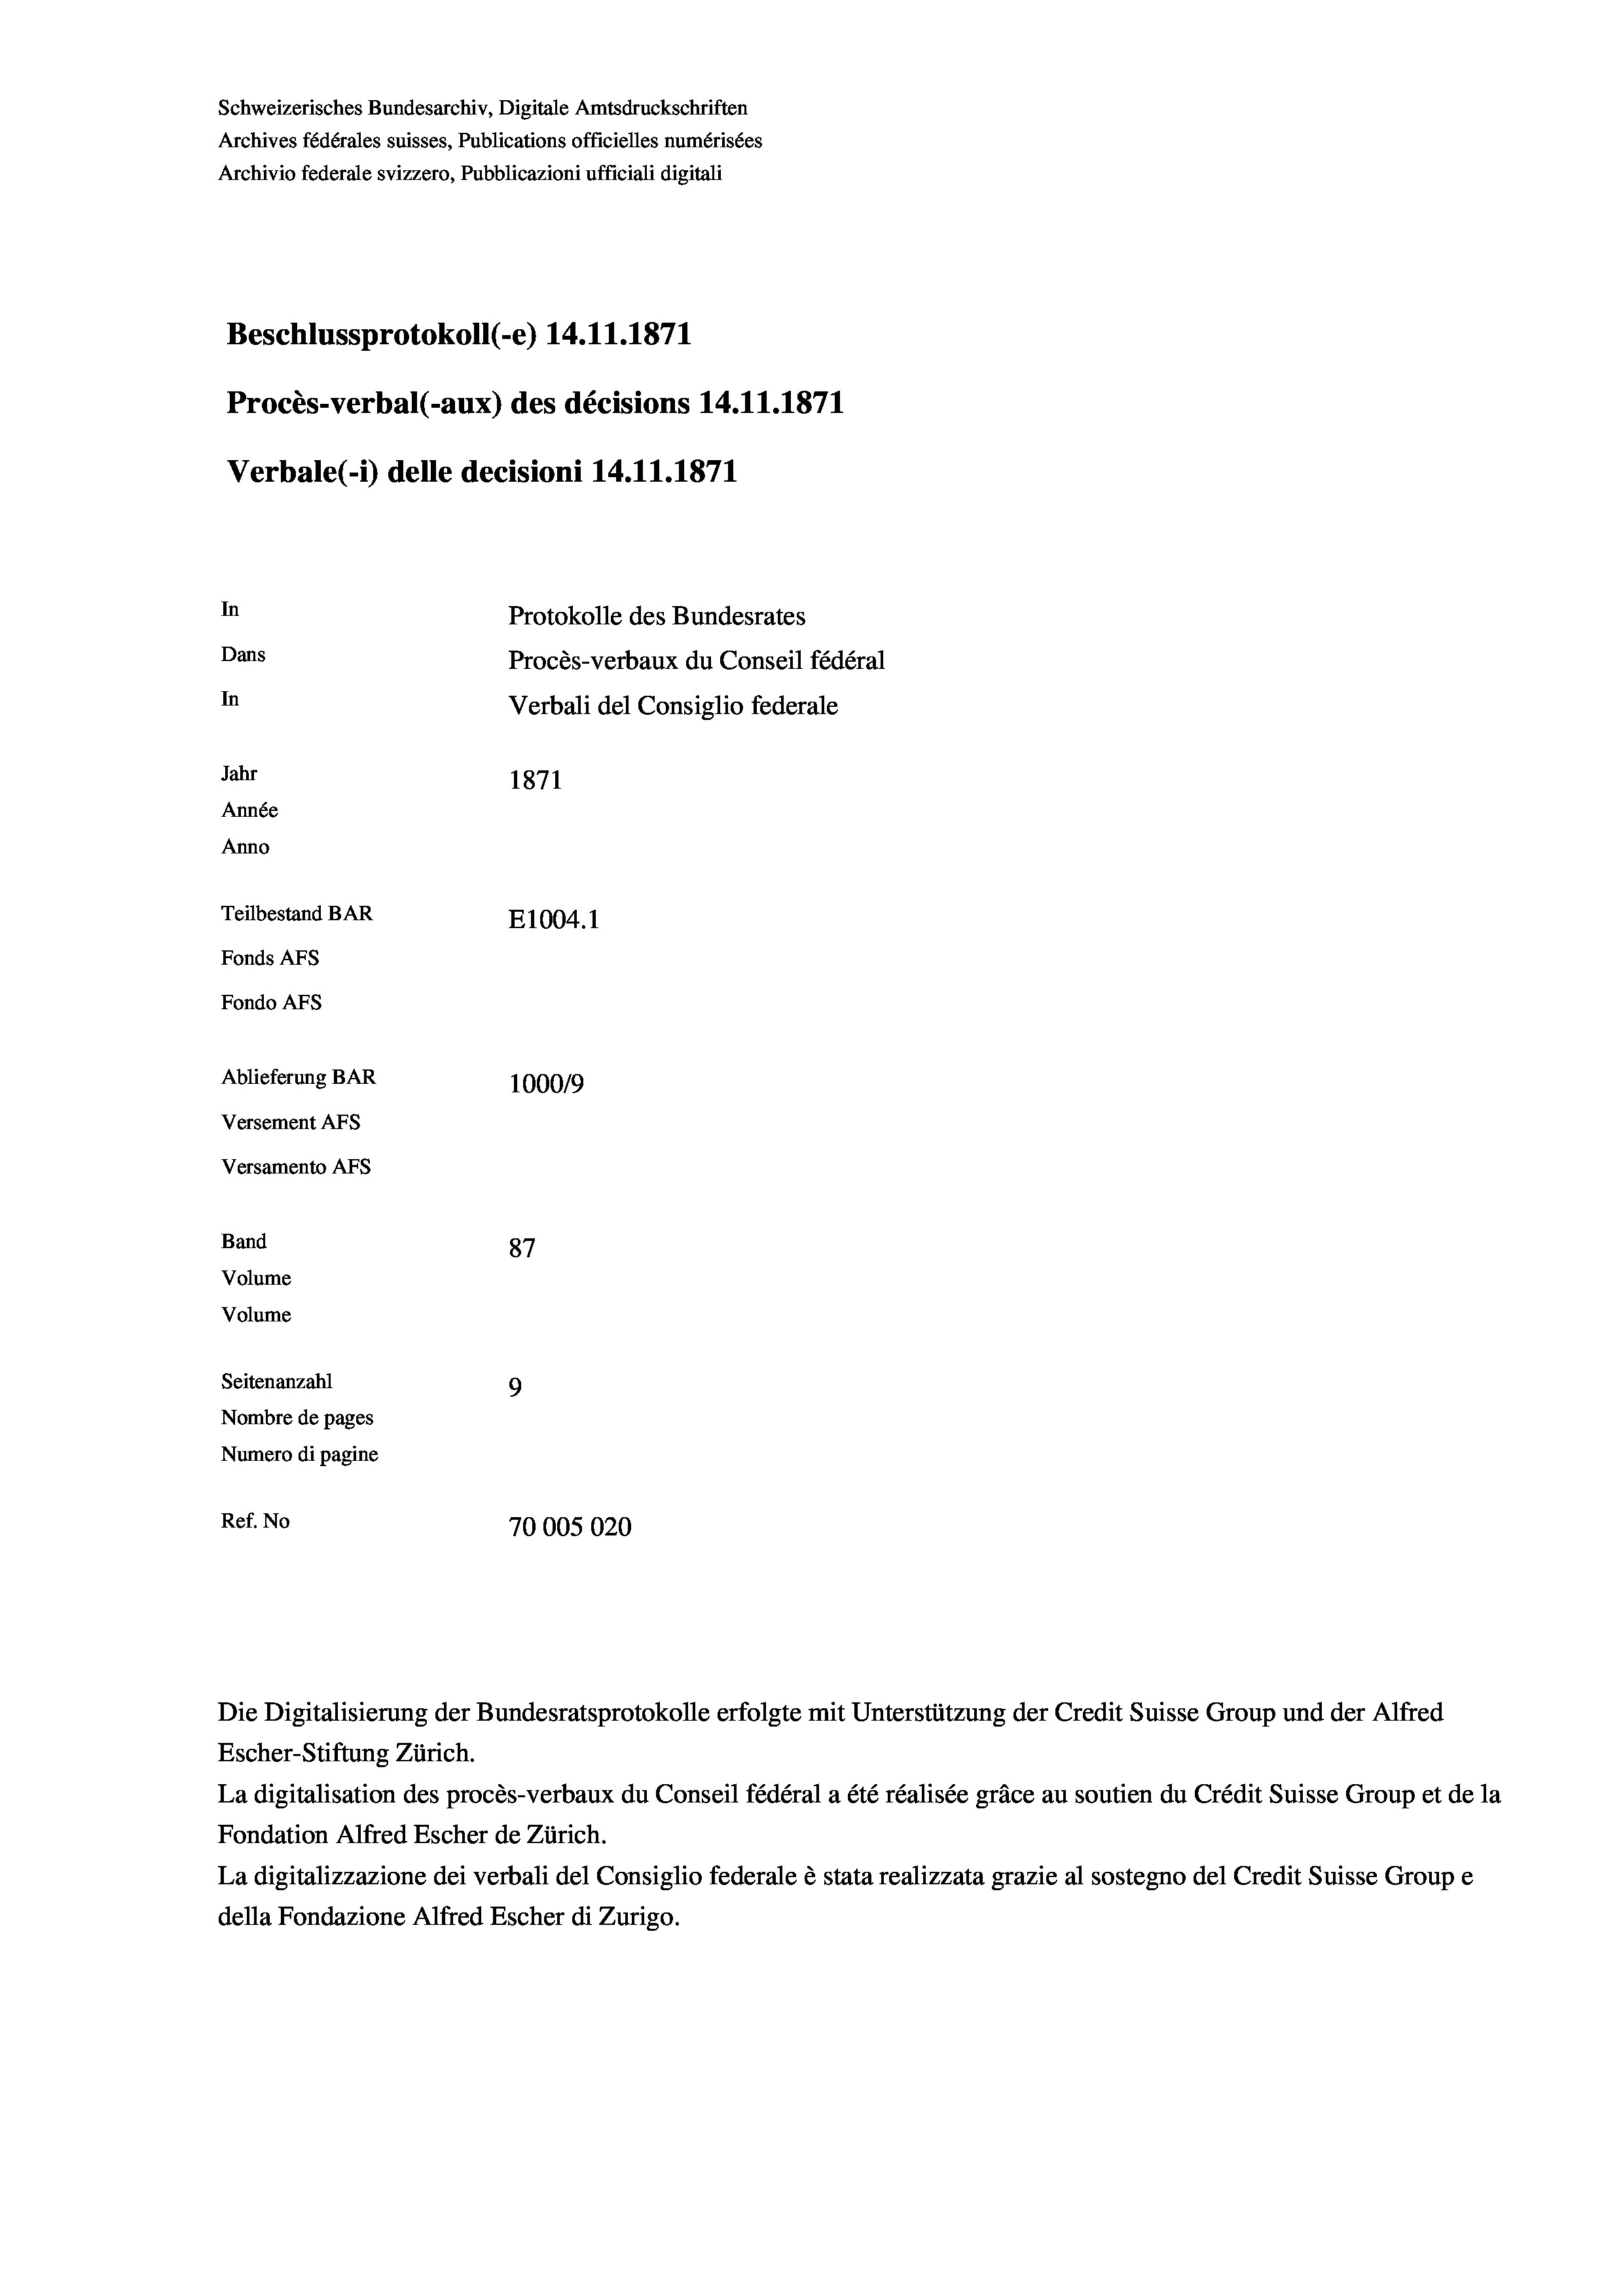
Schweizerisches Bundesarchiv, Digitale Amtsdruckschriften
Archives fédérales suisses, Publications officielles numérisées
Archivio federale svizzero, Pubblicazioni ufficiali digitali
Beschlussprotokoll (-e) 14.11.1871
Procès-verbal (-aux) des décisions 14.11.1871
Verbale (i) delle decisioni 14.11.1871
In
Protokolle des Bundesrates
Dans
Procès-verbaux du Conseil fédéral
In
Verbali del Consiglio federale
Jahr
1871
Année
Anno
Teilbestand BAR
E1004.1
Fonds AFs
Fondo AFs
Ablieferung BAR
100019
Versement AFS
Versamento Afs
Band
87
Volume
Volume
Seitenanzahl
9
Nombre de pages
Numero di pagine
Ref. No
70005020

Die Digitalisierung der Bundesratsprotokolle erfolgte mit Unterstützung der Credit Suisse Group und der Alfred
Escher-Stiftung Zürich.
La digitalisation des procès-verbaux du Conseil fédéral a été réalisée gräce au soutien du Crédit Suisse Group et de la
Fondation Alfred Escher de Zürich.
La digitalizzazione dei verbali del Consiglio federale è stata realizzata grazie al sostegno del Credit Suisse Groupe
della Fondazione Alfred Escher di Zurigo.